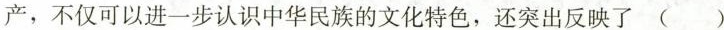
产，不仅可以进一步认识中华民族的文化特色，还突出反映了 ( )